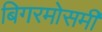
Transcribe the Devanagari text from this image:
बिगरमोसमी